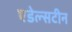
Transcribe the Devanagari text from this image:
एडेल्सटीन